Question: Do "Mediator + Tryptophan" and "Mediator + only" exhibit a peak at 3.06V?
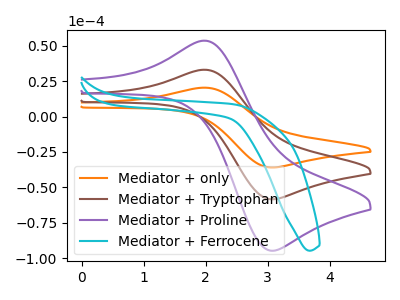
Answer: <think>The orange curve "Mediator + only" has an anodic peak at (2.00V, 65.75uA) and a cathodic peak at (3.05V, -116.70uA). The brown curve "Mediator + Tryptophan" has an anodic peak at (2.00V, 32.85uA) and a cathodic peak at (3.05V, -58.35uA). The purple curve "Mediator + Proline" has an anodic peak at (2.00V, 53.30uA) and a cathodic peak at (3.05V, -94.60uA). The cyan curve "Mediator + Ferrocene" has no peaks.</think>
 <answer>Yes, "Mediator + Tryptophan" and "Mediator + only" share a peak at 3.06V.</answer>
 <eval>match</eval>